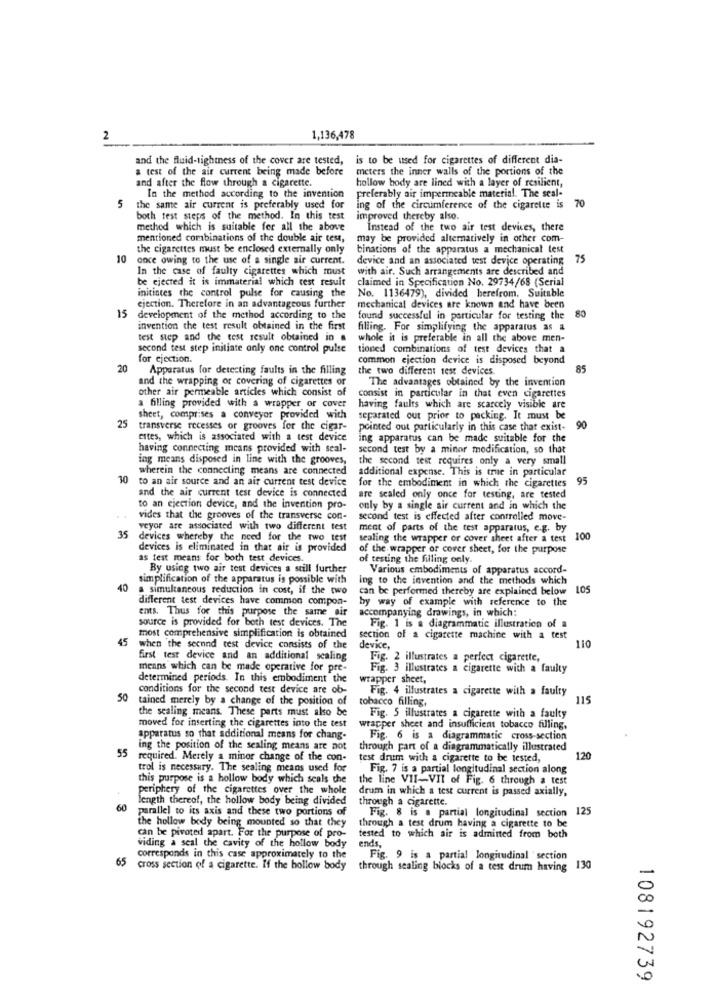
2
1,136,478
and the fluid-tightness of the cover are tested,
is to be used for cigarettes of different dia-
a test of the air current being made before
meters the inner walls of the portions of the
and after the flow through a cigarette.
hollow body are lined with a layer of resilient,
In the method according to the invention
preferably air impermeable material. The seal-
70
5
the same air current is preferably used for
ing of the circumference of the cigarette is
both test steps of the method. In this test
improved thereby also.
method which is suitable for all the above
Instead of the two air test devices, there
mentioned combinations of the double air test,
may be provided alternatively in other com-
the cigarettes must be enclosed externally only
binations of the apparatus a mechanical test
10
once owing to the use of a single air current.
device and an associated test device operating
75
In the case of faulty cigarettes which must
with air. Such arrangements are described and
be ejected it is immaterial which test result
claimed in Specification No. 29734/68 (Serial
initiates the control pulse for causing the
No. 1136479), divided berefrom. Suitable
15
ejection. Therefore in an advantageous further
mechanical devices are known and have been
80
development of the method according to the
found successful in particular for testing the
invention the test result obtained in the first
filling. For simplifying the apparatus as a
test step and the test result obtained in a
whole it is preferable in all the above men-
second test step initiate only one control pulse
tioned combinations of test devices that a
for ejection.
common ejection device is disposed beyond
20
Apparatus for detecting faults in the filling
the two different test devices.
85
and the wrapping or covering of cigarettes or
The advantages obtained by the invention
other air permeable articles which consist of
consist in particular in that even cigarettes
a filling provided with a wrapper or cover
having faults which are scarcely visible are
25
sheet, comprises a conveyor provided with
separated out prior to packing. It must be
transverse recesses or grooves for the cigar-
pointed out particularly in this case that exist-
90
estes, which is associated with a test device
ing apparatus can be made suitable for the
having connecting means provided with seal-
second test by a minor modification, so that
ing means disposed in line with the grooves,
the second test requires only a very small
wherein the connecting means are connected
additional expense. This is true in particular
10
to an air source and an air current test device
for the embodiment in which the cigarettes
95
and the air current test device is connected
are sealed only once for testing, are tested
to an ejection device, and the invention pro-
only by a single air current and in which the
vides that the grooves of the transverse con-
second test is effected after controlled move-
veyor are associated with two different test
ment of parts of the test apparatus, e.g. by
35
devices whereby the need for the two test
sealing the wrapper or cover sheet after a test 100
devices is eliminated in that air is provided
of the wrapper or cover sheet, for the purpose
as test means for both test devices.
of testing the filling only.
By using two air test devices a still further
Various embodiments of apparatus accord-
simplification of the apparatus is possible with
ing to the invention and the methods which
40
a simultaneous reduction in cost, if the two
can be performed thereby are explained below 105
different test devices have common compon-
by way of example with reference to the
ents. Thus for this purpose the same air
accompanying drawings, in which:
source is provided for both test devices. The
Fig. 1 is a diagrammatic illustration of a
45
most comprehensive simplification is obtained
section of a cigarette machine with a test
110
when the second test device consists of the
device .
first test device and an additional scaling
Fig. 2 illustrates a perfect cigarette,
means which can be made operative for pre-
Fig. 3 illustrates a cigarette with a faulty
determined periods. In this embodiment the
wrapper sheet,
conditions for the second test device are ob-
Fig. 4 illustrates a cigarette with a faulty
50
tained merely by a change of the position of
tobacco filling.
115
the sealing means. These parts must also be
Fig. 5 illustrates a cigarette with a faulty
moved for inserting the cigarettes into the test
wrapper sheet and insufficient tobacco filling,
apparatus so that additional means for chang-
Fig. 6 is a diagrammatic cross-section
ing the position of the sealing means are not
through part of a diagrammatically illustrated
55
required. Merely a minor change of the con-
test drum with a cigarette to be tested,
120
trol is necessary. The sealing means used for
Fig. 7 is a partial longitudinal section along
this purpose is a hollow body which seals the
the line VII-VII of Fig. 6 through a test
periphery of the cigarettes over the whole
drum in which a test current is passed axially,
length thereof, the hollow body being divided
through a cigarette.
60
parallel to its axis and these two portions of
Fig. 8 is a partial longitudinal section 125
the hollow body being mounted so that they
through a test drum having a cigarette to be
can be pivoted apart. For the purpose of pro-
tested to which air is adminted from both
viding a seal the cavity of the hollow body
ends,
corresponds in this case approximately to the
Fig. 9 is a partial longitudinal section
65 cross section of a cigarette. If the hollow body
through sealing blocks of a test drum having 130
108192739